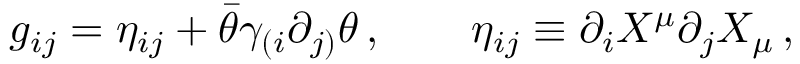
g _ { i j } = \eta _ { i j } + \bar { \theta } \gamma _ { ( i } \partial _ { j ) } \theta \, , \qquad \eta _ { i j } \equiv \partial _ { i } X ^ { \mu } \partial _ { j } X _ { \mu } \, ,